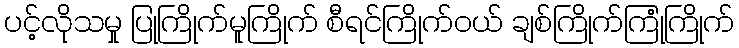
ပင့်လိုသမှု ပြုကြိုက်မူကြိုက် စီရင်ကြိုက်ဝယ် ချစ်ကြိုက်ကြုံကြိုက်